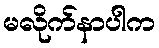
မလိုက်နာပါက